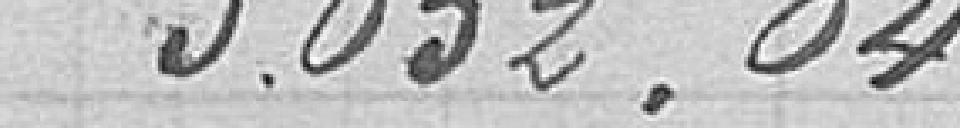
5052,04